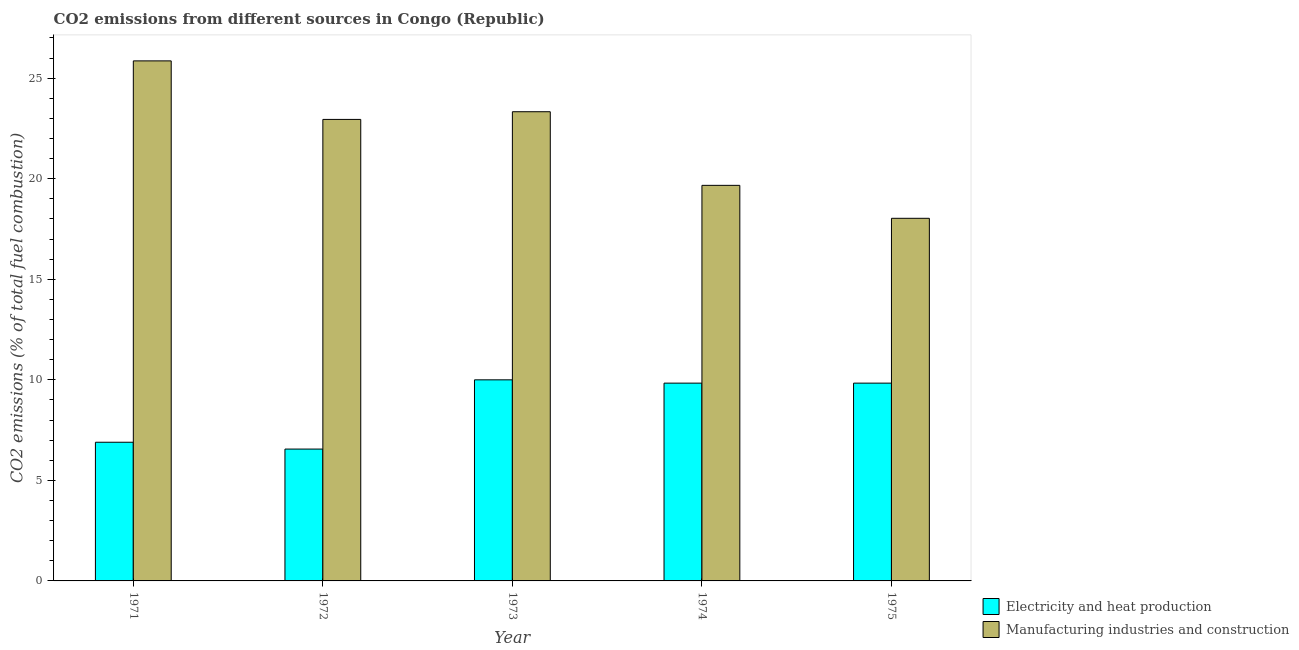
| Year | Electricity and heat production | Manufacturing industries and construction |
 | --- | --- | --- |
 | 1971 | 6.9 | 25.9 |
 | 1972 | 6.56 | 23 |
 | 1973 | 10 | 23.3 |
 | 1974 | 9.84 | 19.7 |
 | 1975 | 9.84 | 18 |